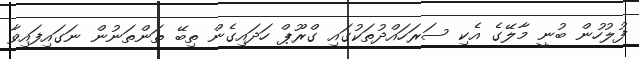
ފުލުހުން ބުނީ މާލޭގެ އެކި ސަރަހައްދުތަކުގައި ގްރޫޕް ހަދައިގެން ތިބޭ ތަންތަނުން ނަގައިފައިވާ